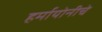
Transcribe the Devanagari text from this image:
हर्मायोनीचे